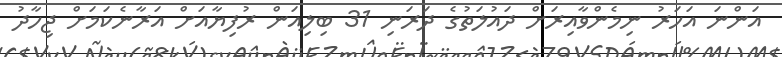
އަންނަ އަހަރު ނިމެންވާއިރަށް ދައުލަތުގެ ދަރަނި 31 ބިލިއަން ރުފިޔާއަށް އަރާނެކަމަށް ޖިހާދު